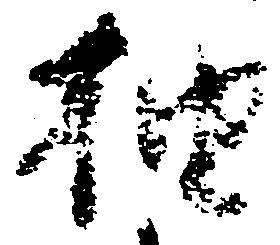
抽